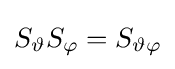
S_{\vartheta }S_{\varphi }=S_{\vartheta \varphi }